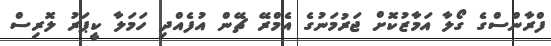
ފްރާންސްގެ ގޯލާ އަމާޒުކޮށް ޖަރުމަނުގެ އެމްރޭ ޗޭން އުފެއްދި ހަމަލާ ކީޕަރު ލޮރިސް